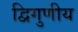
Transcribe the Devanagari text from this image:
द्विगुणीय